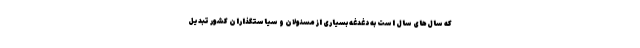
که سال‌های سال است به دغدغه بسیاری از مسئولان و سیاستگذاران کشور تبدیل